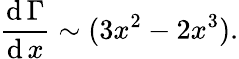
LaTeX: {\frac{\operatorname{d}\Gamma}{\operatorname{d}x}}\sim(3x^{2}-2x^{3}).